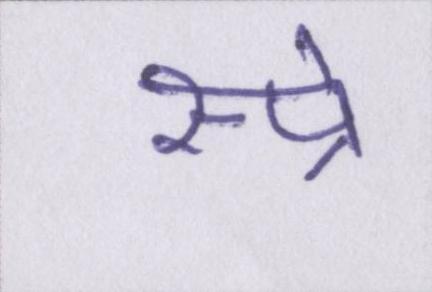
स्प्रे